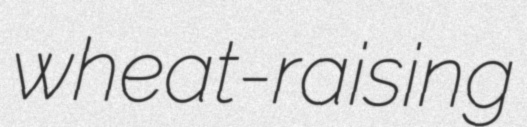
wheat-raising